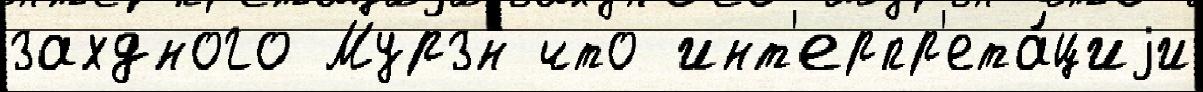
захдного Мурзн что инт'ерпр'ета́циjи